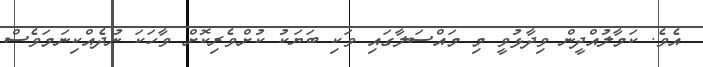
އެވެ. ކަމާލުއްދީން ވިދާޅުވީ މި މައްސަލާގައި ވަކި ބަޔަކު ކުށްވެރިކޮށް ވާހަކަ ނުދެއްކިނަމަވެސް